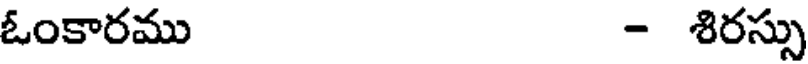
ఓంకారము - శిరస్సు